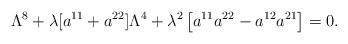
LaTeX: \begin{align*}\Lambda^8+\lambda[a^{11}+a^{22}]\Lambda^4+\lambda^2\left[a^{11}a^{22}-a^{12}a^{21}\right]=0.\end{align*}